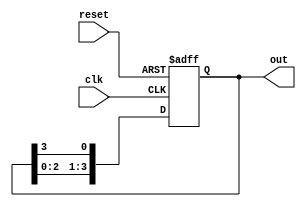
module multi_stage_ring_counter #(
    parameter N = 4  // Parameter to define the number of stages
)(
    input wire clk,          // Clock input
    input wire reset,        // Asynchronous reset input
    output reg [N-1:0] out   // Output representing the state of the counter
);

// Internal signal for the next state
wire [N-1:0] next_state;

// Sequential logic for ring counter
always @(posedge clk or posedge reset) begin
    if (reset) begin
        // Initialization: Set first flip-flop to '1' and others to '0'
        out <= 1'b1 << (N-1); // Set the last flip-flop to '1'
    end else begin
        // Shift the '1' to the left by one position
        out <= {out[N-2:0], out[N-1]};
    end
end

endmodule